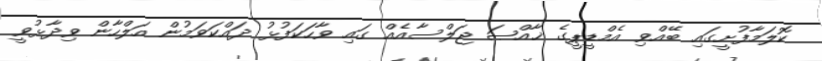
ކޮލަމާފުށީގައި ބޭއްވި އެމްޑީޕީގެ ޚާއްޞަ ޖަލްސާއެއް ގައި ވާހަކަފުޅު ދައްކަވަމުން އަލްހާން ވިދާޅުވީ